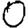
Digit: 0